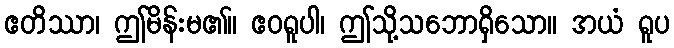
ဧတိဿာ၊ ဤမိန်းမ၏။ ဧဝရူပါ၊ ဤသို့သဘောရှိသော။ အယံ ရူပ